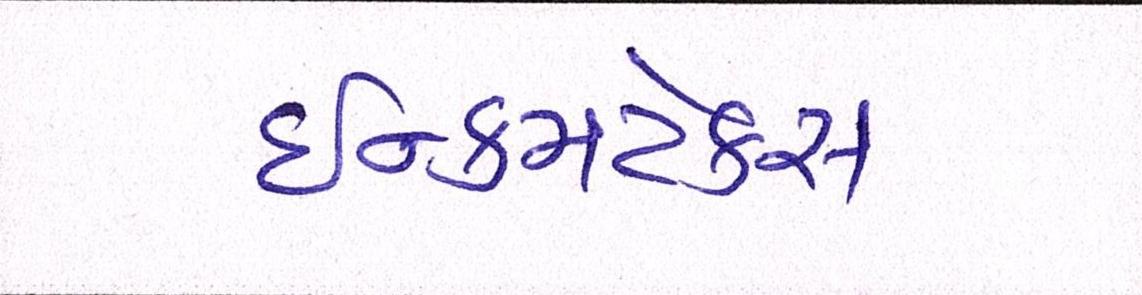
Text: ઈન્કમટેક્સ